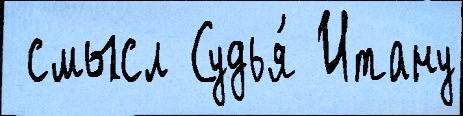
 смысл Судья́ Итану